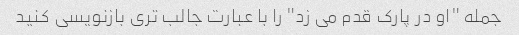
جمله "او در پارک قدم می زد" را با عبارت جالب تری بازنویسی کنید